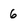
Character: 6